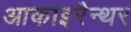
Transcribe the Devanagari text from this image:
आकाइरैन्थर